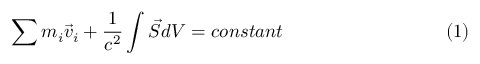
\sum m _ { i } { \vec { v } } _ { i } + \frac { 1 } { c ^ { 2 } } \int \vec { S } d V = c o n s t a n t \eqno ( 1 )